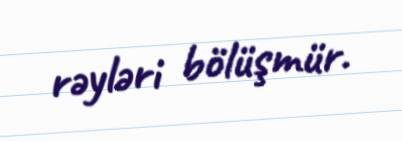
rəyləri bölüşmür.